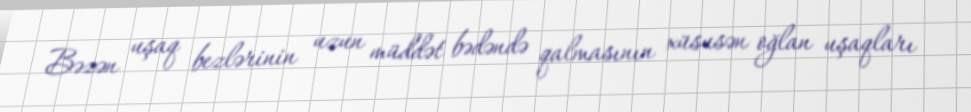
Bəzən uşaq bezlərinin uzun müddət bədəndə qalmasının xüsusən oğlan uşaqları